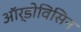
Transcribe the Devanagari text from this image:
ऑर्डोविसिन